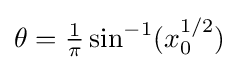
\theta ={\tfrac {1}{\pi }}\sin ^{-1}(x_{0}^{1/2})